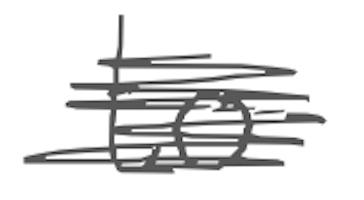
Text: to
Cross-out: mix
Writing tool: digital_gray